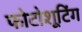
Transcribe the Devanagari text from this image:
फोटोशूटिंग